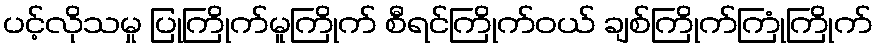
ပင့်လိုသမှု ပြုကြိုက်မူကြိုက် စီရင်ကြိုက်ဝယ် ချစ်ကြိုက်ကြုံကြိုက်